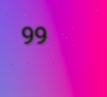
99